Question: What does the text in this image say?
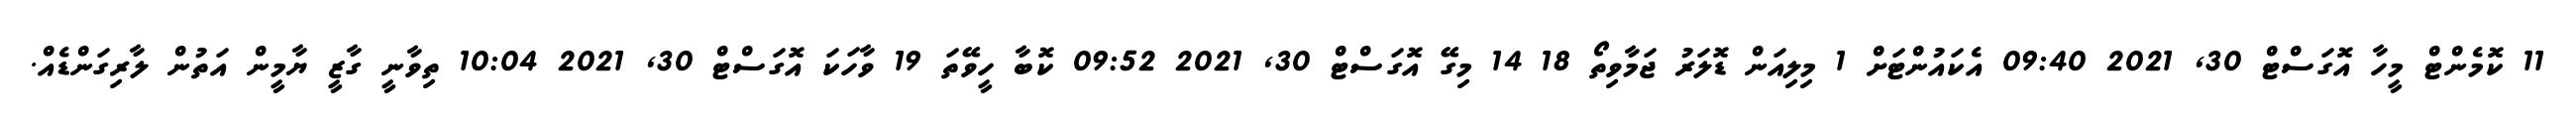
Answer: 11 ކޮމެންޓް މީހާ އޮގަސްޓް 30, 2021 09:40 އެކައުންޓަށް 1 މިލިއަން ޑޮލަރު ޖަމާވިތޯ 18 14 މިގޭ އޮގަސްޓް 30, 2021 09:52 ކޮބާ ހީވޭތަ 19 ވާހަކަ އޮގަސްޓް 30, 2021 10:04 ތިވާނީ ގާޒީ ޔާމީން އަތުން ލާރިގަންޑެއް.